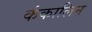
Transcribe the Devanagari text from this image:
कंकालिन